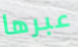
عبرها